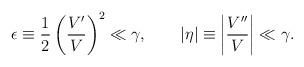
LaTeX: \begin{align*}\epsilon \equiv \frac{1}{2}\left(\frac{V'}{V}\right)^2 \ll \gamma ,\qquad |\eta| \equiv \left|\frac{V''}{V}\right| \ll \gamma .\end{align*}